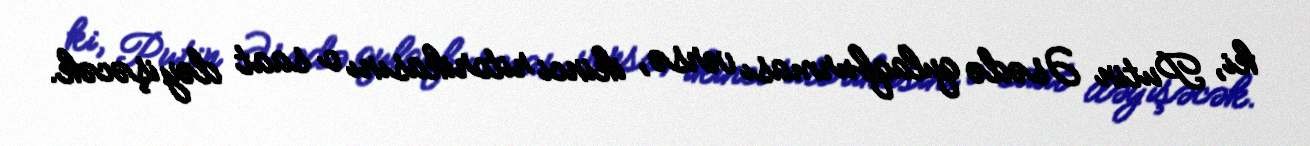
ki, Putin Əsədə qulaqburması versə, ikinci ritorikasını o saat dəyişəcək.